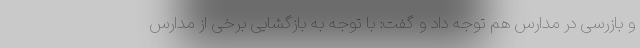
و بازرسی در مدارس هم توجه داد و گفت: با توجه به بازگشایی برخی از مدارس